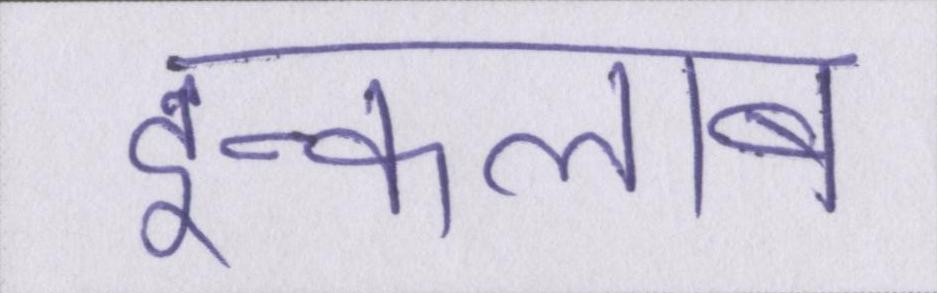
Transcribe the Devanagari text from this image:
इन्कलाब